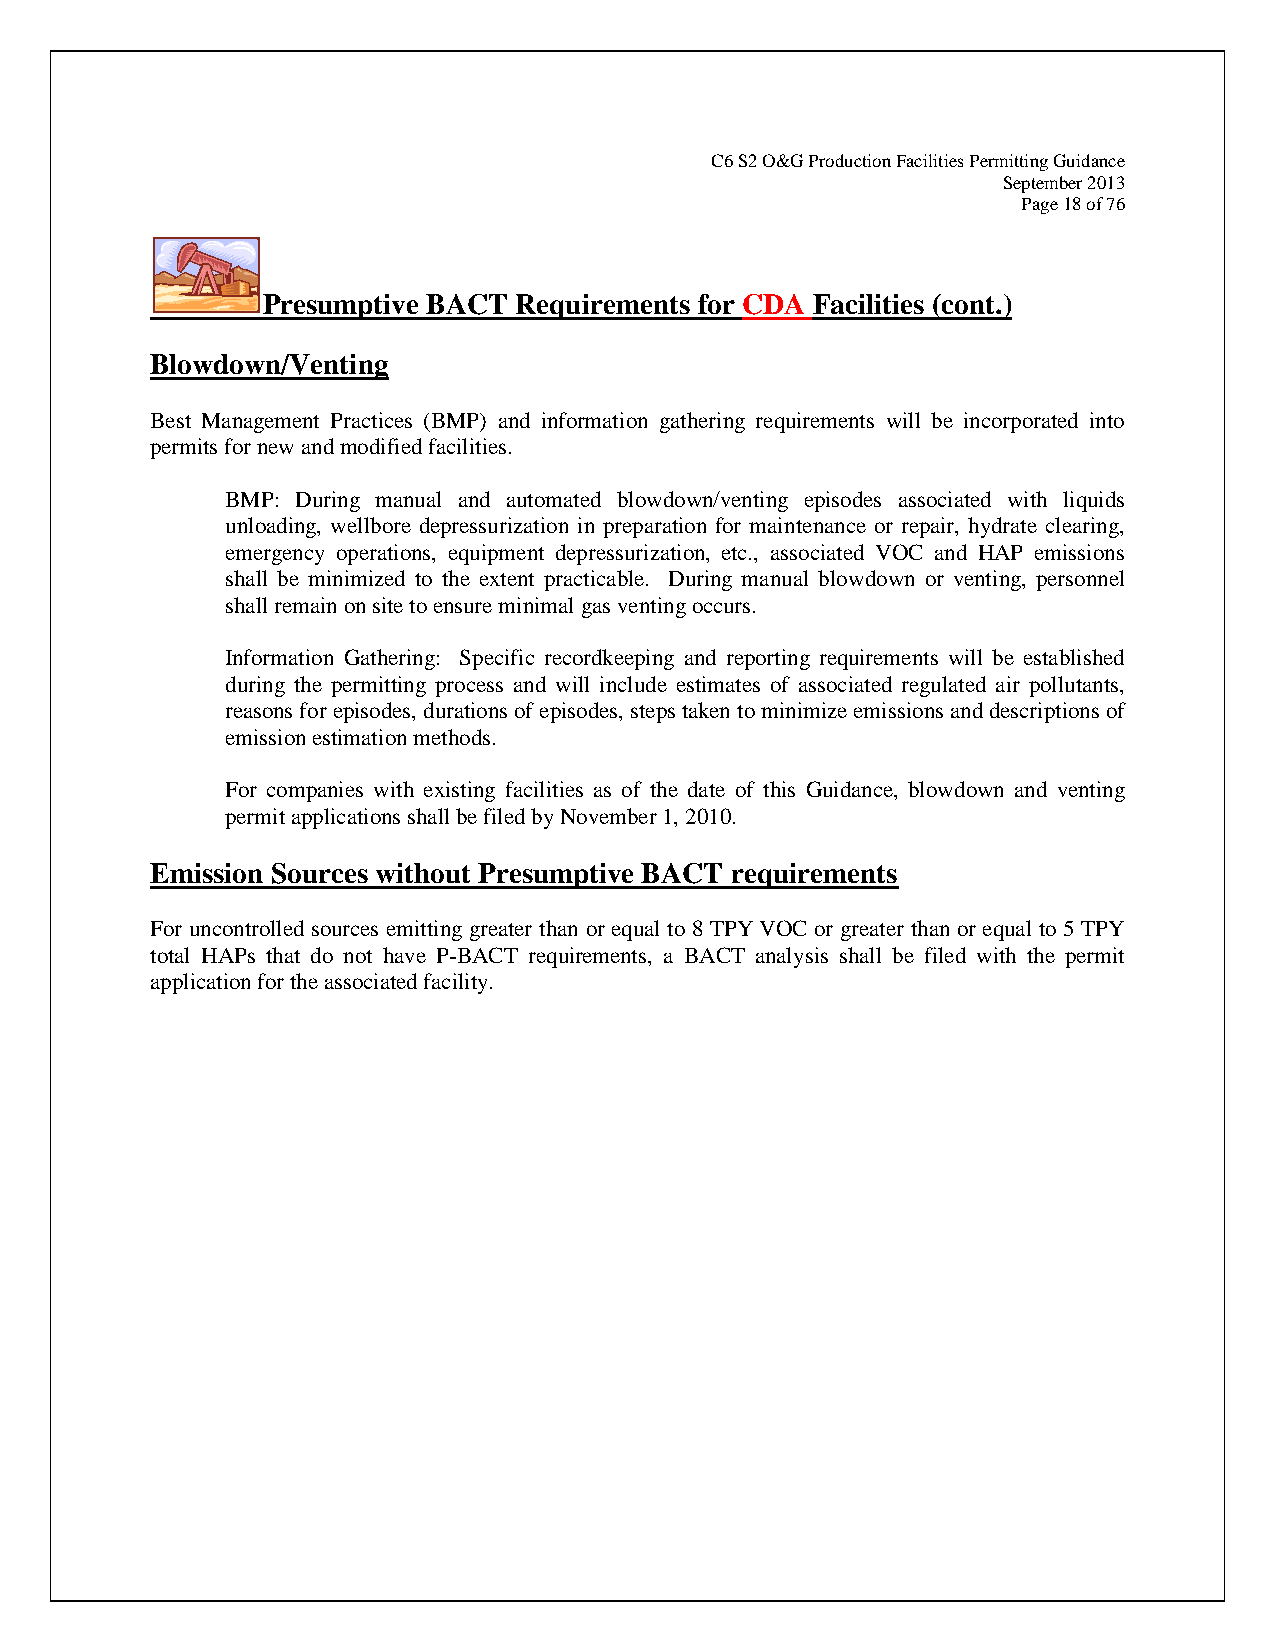
C6 S2 O&G Production Facilities Permitting Guidance
 September 2013
 Page 18 of 76
 Presumptive BACT Requirements for CDA Facilities (cont.)
 Blowdown/Venting
 Best Management Practices (BMP) and information gathering requirements will be incorporated into
 permits for new and modified facilities.
 BMP: During manual and automated blowdown/venting episodes associated with liquids
 unloading, wellbore depressurization in preparation for maintenance or repair, hydrate clearing,
 emergency operations, equipment depressurization, etc., associated VOC and HAP emissions
 shall be minimized to the extent practicable. During manual blowdown or venting, personnel
 shall remain on site to ensure minimal gas venting occurs.
 Information Gathering: Specific recordkeeping and reporting requirements will be established
 during the permitting process and will include estimates of associated regulated air pollutants,
 reasons for episodes, durations of episodes, steps taken to minimize emissions and descriptions of
 emission estimation methods.
 For companies with existing facilities as of the date of this Guidance, blowdown and venting
 permit applications shall be filed by November 1, 2010.
 Emission Sources without Presumptive BACT requirements
 For uncontrolled sources emitting greater than or equal to 8 TPY VOC or greater than or equal to 5 TPY
 total HAPs that do not have P-BACT requirements, a BACT analysis shall be filed with the permit
 application for the associated facility.